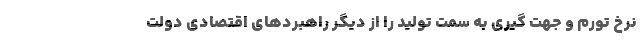
نرخ تورم و جهت گیری به سمت تولید را از دیگر راهبردهای اقتصادی دولت